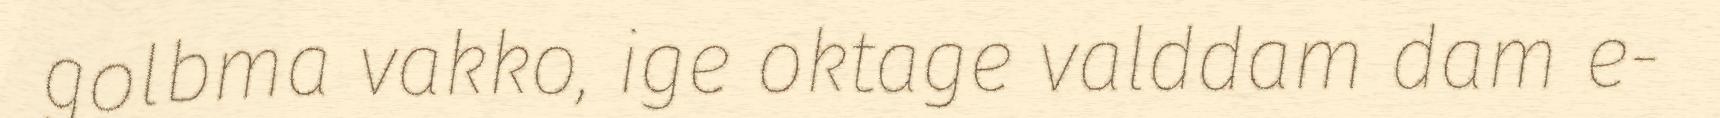
golbma vakko, ige oktage valddam dam e-